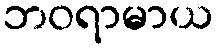
ဘဝရာမာယ